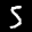
Label: 5